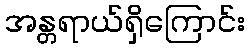
အန္တရာယ်ရှိကြောင်း